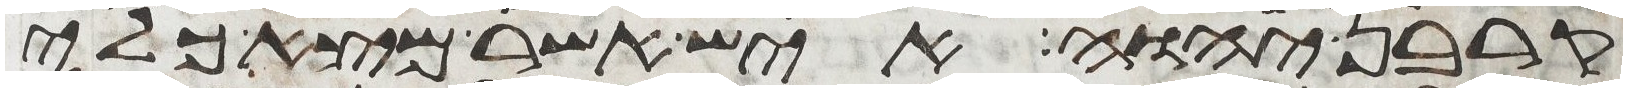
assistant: קרבן יהוה איש אשר מצא כלי